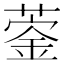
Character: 𦹦